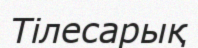
Тілесарық